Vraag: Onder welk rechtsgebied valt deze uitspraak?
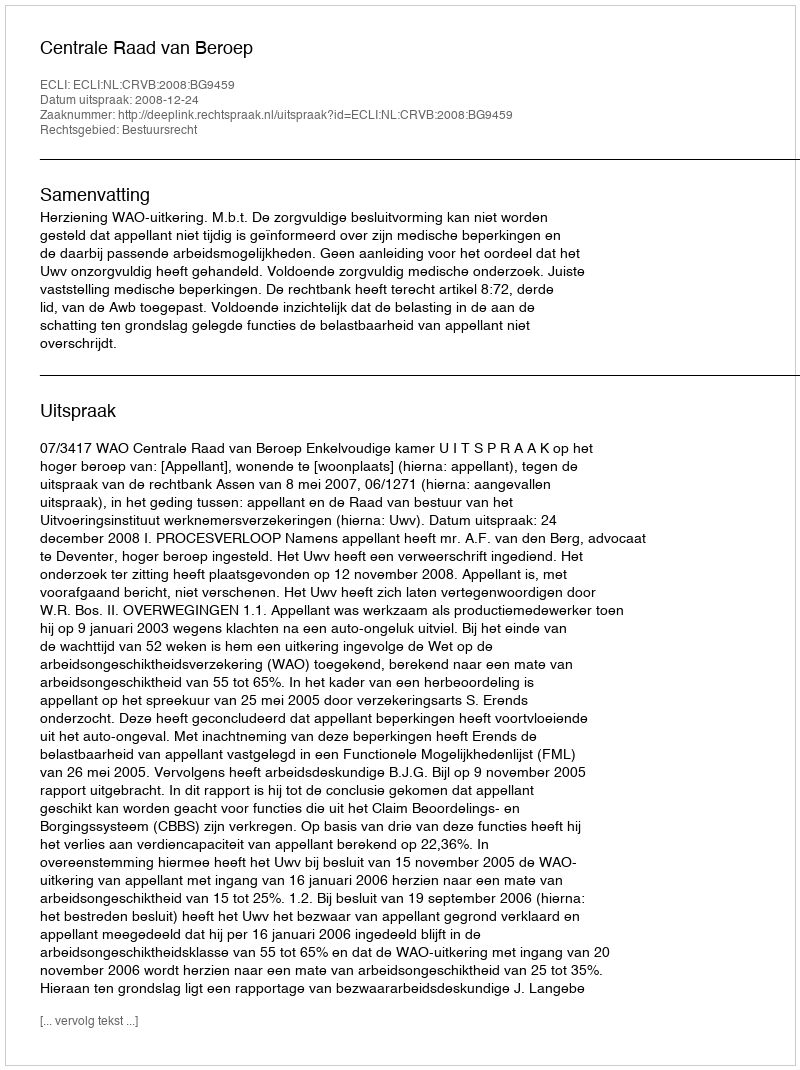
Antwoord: Bestuursrecht